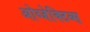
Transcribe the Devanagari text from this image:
ओब्जेक्टिव्स